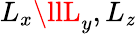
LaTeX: L_{x}\llL_{y},L_{\mathit{z}}